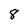
Character: 8